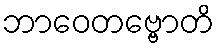
ဘာဝေတဗ္ဗောတိ